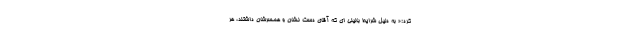
کرد:« به دلیل شرایط بالینی ای که آقای دست نشان و همسرشان داشتند، هر